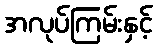
အလုပ်ကြမ်းနှင့်